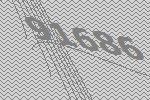
91686